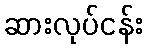
ဆားလုပ်ငန်း